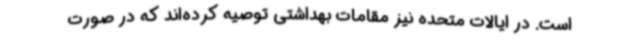
است. در ایالات متحده نیز مقامات بهداشتی توصیه کرده‌اند که در صورت